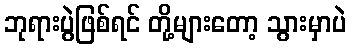
ဘုရားပွဲဖြစ်ရင် တို့များတော့ သွားမှာပဲ